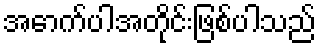
အောက်ပါအတိုင်းဖြစ်ပါသည်